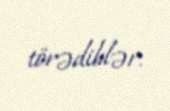
törədiblər.